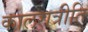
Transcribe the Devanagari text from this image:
कालरात्रीति